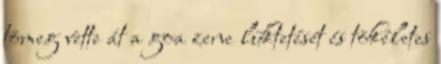
tömeg vette át a goa zene lüktetését és tökéletes